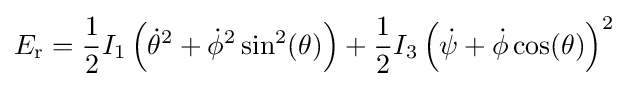
E_{\text{r}}={\frac {1}{2}}I_{1}\left({\dot {\theta }}^{2}+{\dot {\phi }}^{2}\sin ^{2}(\theta )\right)+{\frac {1}{2}}I_{3}\left({\dot {\psi }}+{\dot {\phi }}\cos(\theta )\right)^{2}